Report of the Bombay Veterinary College
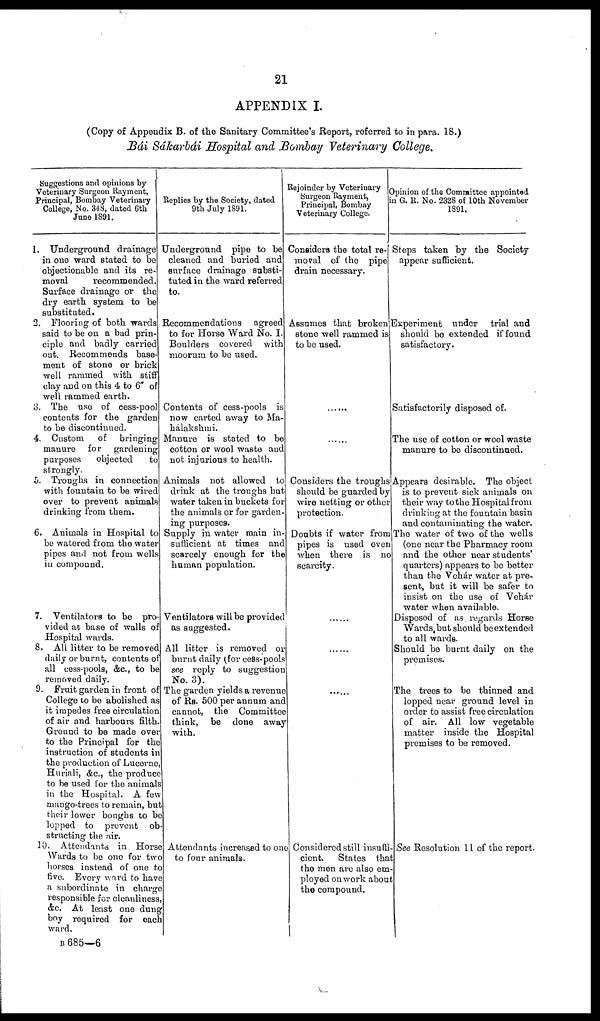
21
APPENDIX I.
(Copy of Appendix B. of the Sanitary Committee's Report, referred to in para. 18.)
Bái Sákarbái Hospital and Bombay Veterinary College.
Suggestions and opinions by
Veterinary Surgeon Rayment,
Principal, Bombay Veterinary
College, No. 348, dated 6th
June 1891.
1. Underground drainage
in one ward stated to be
objectionable and its re-
moval
recommended.
Surface drainage or the
dry earth system to be
substituted.
2. Flooring of both wards
said to be on a bad prin-
ciple and badly carried
oat. Recommends base-
ment of stone or brick
well rammed with stiff
clay and on this 4 to 6" of
well rammed earth.
3. The use of cess-pool
contents for the garden
to be discontinued.
4. Custom of
bringing
manure for
gardening
purposes
objected
to
strongly.
5. Troughs in connection
with fountain to be wired
over to prevent animals
drinking from them.
6. Animals in Hospital to
be watered from the water
pipes and not from wells
in compound.
7. Ventilators to be pro-
vided at base of walls of
Hospital wards.
8. All litter to be removed
daily or burnt, contents of
all cess-pools, &c., to be
removed daily.
9. Fruit garden in front of
College to be abolished as
it impedes free circulation
of air and harbours filth.
Ground to be made over
to the Principal for the
instruction of students in
the production of Lucerne,
Huriali, &c., the produce
to be used for the animals
in the Hospital. A few
mango-trees to remain, but
their lower boughs to be
lopped to prevent ob
structing the air.
10. Attendants in Horse
Wards to be one for two
horses instead of one to
five. Every ward to have
a subordinate in charge
responsible for cleanliness
&c. At least one dung
boy required for each
ward.
Replies by the Society, dated
9th July 1891.
Underground pipe to be
cleaned and buried and
surface drainage substi-
tuted in the ward referred
to.
Recommendations agreed
to for Horse Ward No. I.
Boulders covered with
moorum to be used.
Contents of cess-pools is
now carted away to Ma-
hálakshmi.
Manure is stated to be
cotton or wool waste and
not injurious to health.
Animals not allowed to
drink at the troughs but
water taken in buckets for
the animals or for garden-
ing purposes.
Supply in water main in-
sufficient at times and
scarcely enough for the
human population.
Rejoinder by Veterinary
Surgeon Rayment,
Principal Bombay
Veterinary College.
Considers the total re-
moval of the pipe
drain necessary.
Assumes that broken
stone well rammed is
to be used.
......
Considers the troughs
should be guarded by
wire netting or other
protection.
Doubts if water from
pipes is used even
when there is no
scarcity.
Ventilators will be provided
as suggested.
All litter is removed or
burnt daily (for cess-pools
see reply to suggestion
No. 3).
The garden yields a revenue
of RS. 500 per annum and
cannot, the Committee
think, be done away
with.
Attendants increased to one
to four animals.
Considered still insuffi-
cient.
States that
the men are also em-
ployed on work about
the compound.
Opinion of the Committee appointed
in G. R. No. 2328 of 10th November
1891,
Steps taken by the Society
appear sufficient.
Experiment under trial and
should be extended if found
satisfactory.
Satisfactorily disposed of.
The use of cotton or wool waste
manure to be discontinued.
Appears desirable. The object
is to prevent sick animals on
their way to the Hospital from
drinking at the fountain basin
and contaminating the water.
The water of two of the wells
(one near the Pharmacy room
and the other near students'
quarters) appears to be better
than the Vehár water at pre-
sent, buf it will be safer to
insist on the use of Vehár
water when available.
Disposed of as regards Horse
Wards, but should be extended
to all wards.
Should be burnt daily on the
premises.
The trees to be thinned and
lopped near ground level in
order to assist free circulation
of air. All low vegetable
matter inside the Hospital
premises to be removed.
See Resolution 11 of the report.
B 685—6